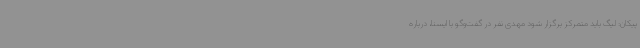
پیکان: لیگ باید متمرکز برگزار شود مهدی نفر در گفت‌وگو با ایسنا، درباره